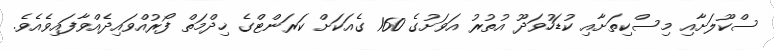
ސްކޫލަށާއި މިސްކިތަށާއި ކުޑަހުވަދޫ އުތުރު އަވަށުގެ 160 ގެއަކަށް ކަރަންޓްގެ ޚިދްމަތް ފޯރުއްވައިދެއްވާފައިވެއެވެ.